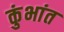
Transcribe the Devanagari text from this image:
कुंभांत